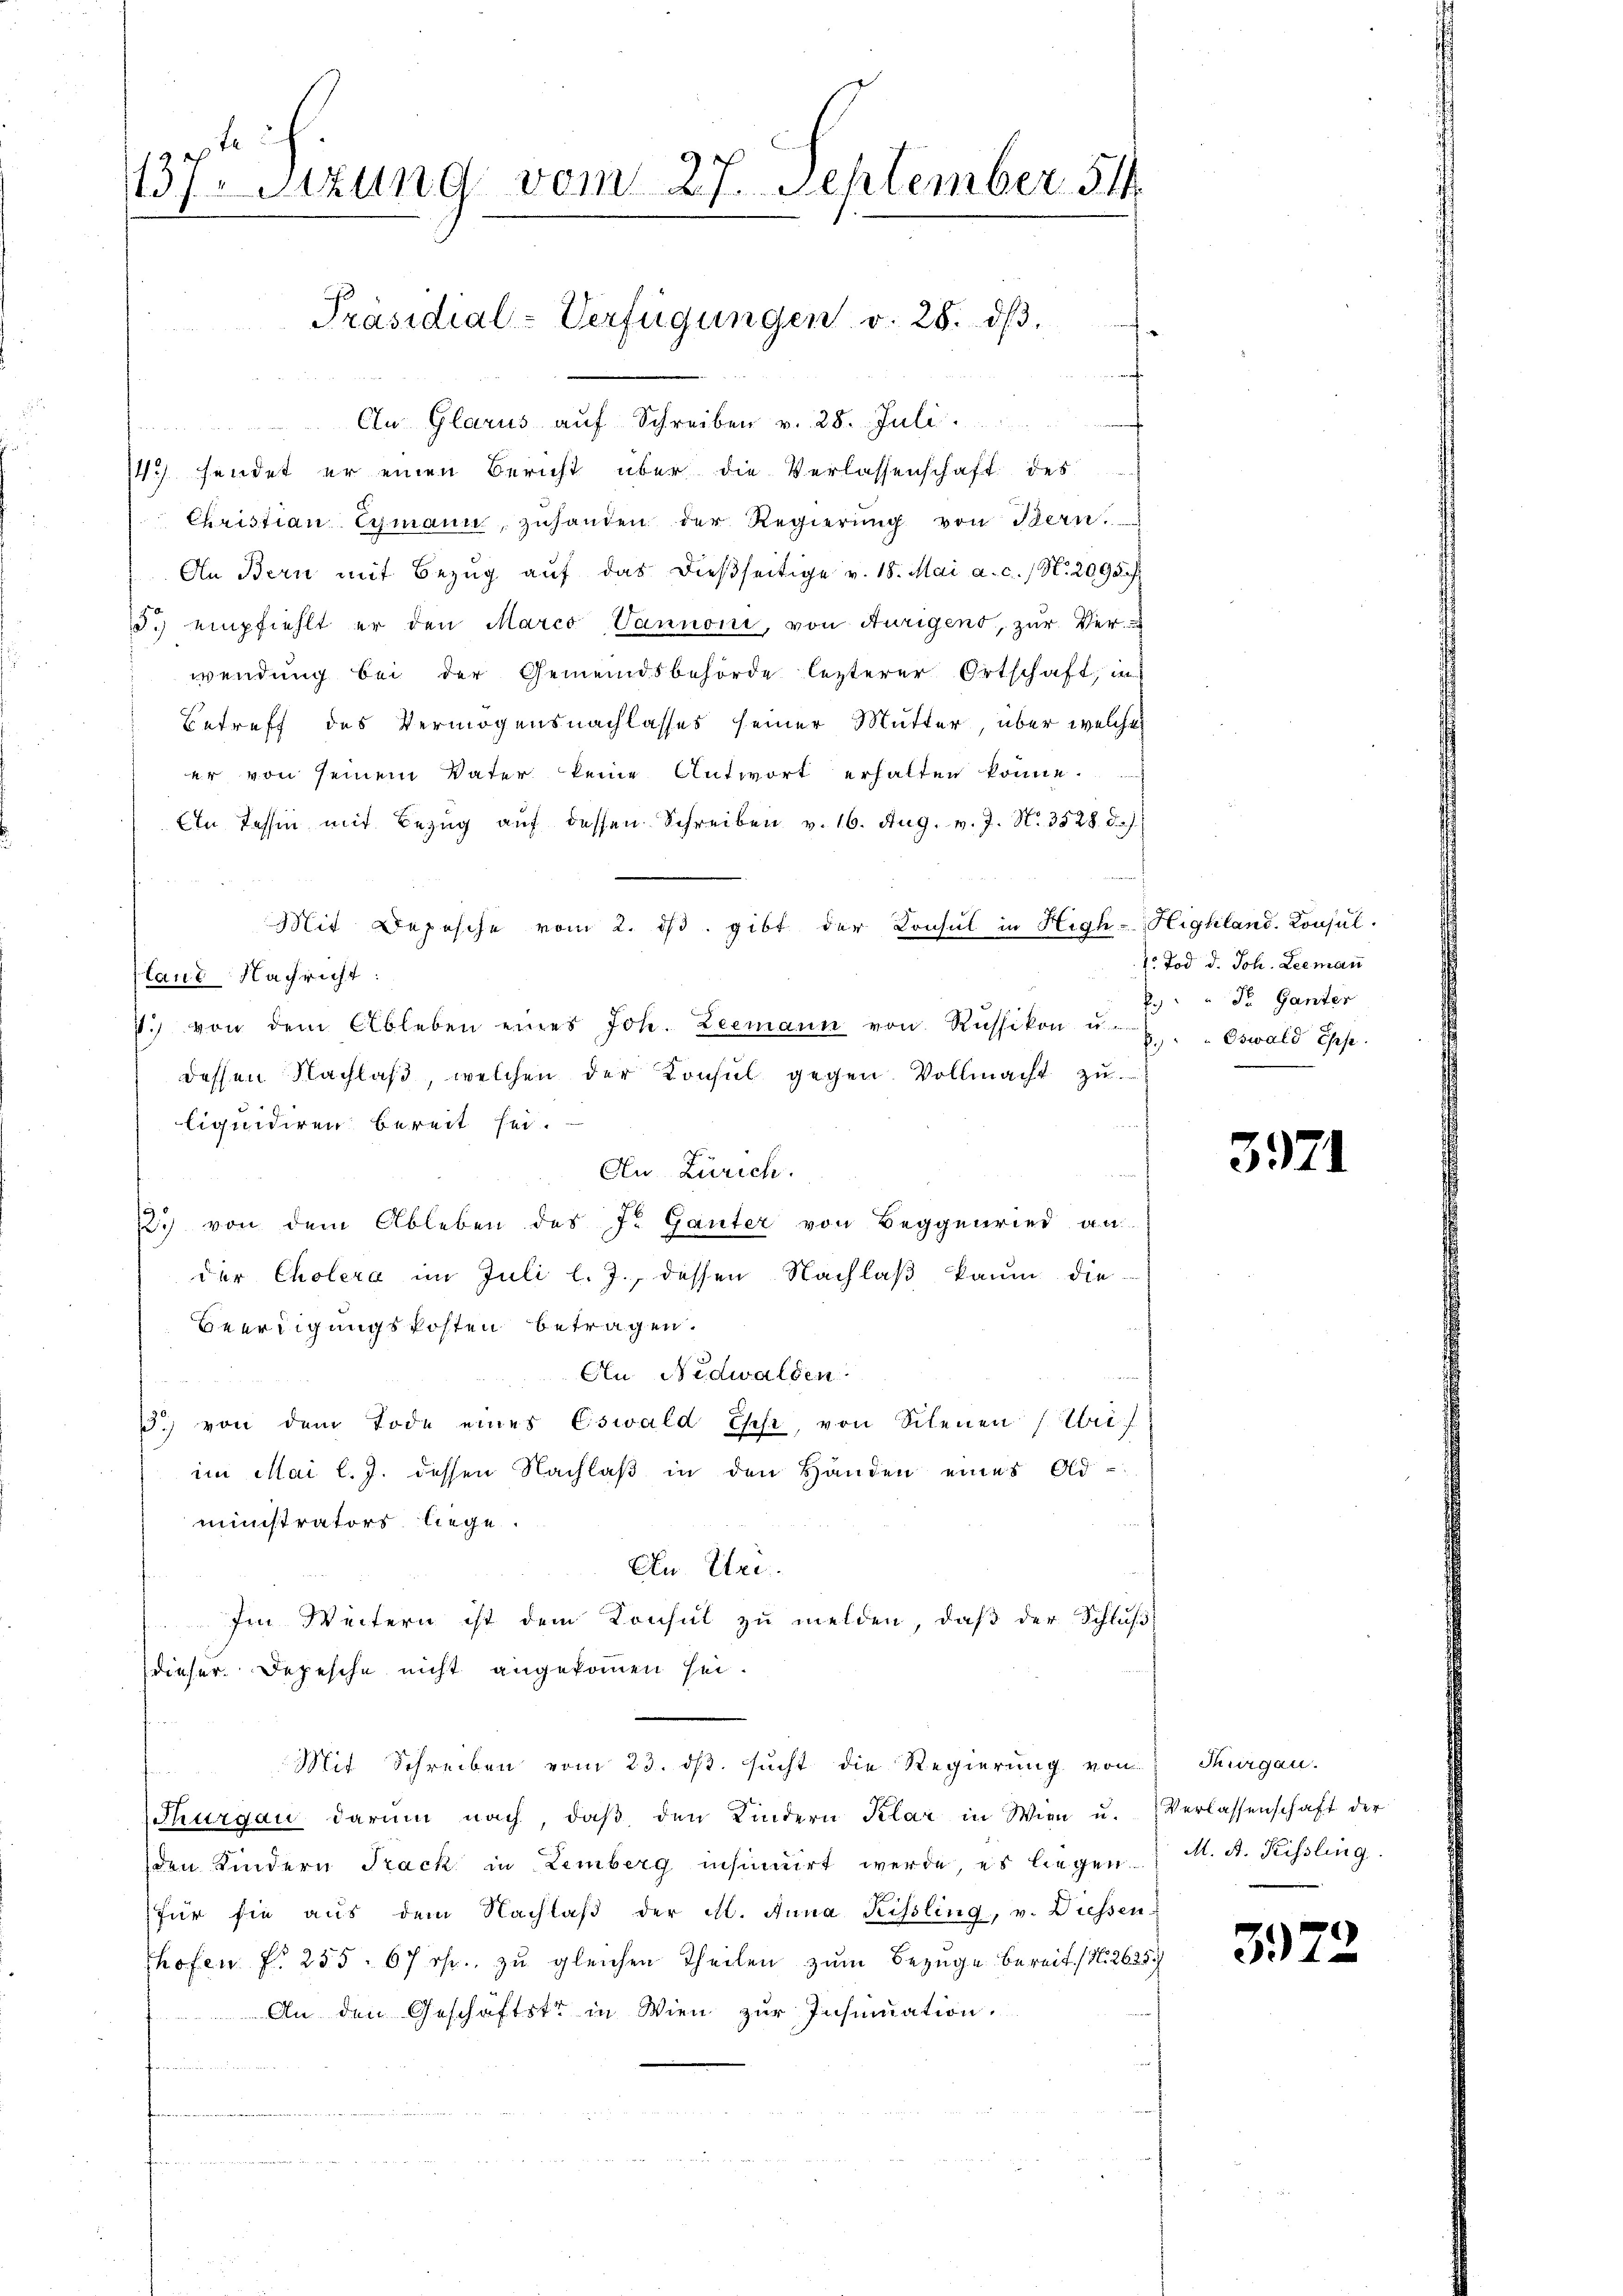
gleich
137. Sitzung vom 27. September 54

Präsidial-Verfügungen v. 28. dβ.

Cu Glarus auf Schreiben v. 28. Juli.

14) sendet er einen Bericht über die Verlassenschaft des
Christian Gymann, zuhanden der Regierung von Bern.
An Bern mit Bezŭg aŭf das dießseitige v. 18. Mai a. c. / N. 2098.
15.) empfiehlt er den Marco-Vannoni, von Aurigens, zur Ver-
wendung bei der Gemeindsbehörde lezterer Ortschaft, in
Betreff des Vermögensnachlasses seiner Mutter, über welches
er von seinem Vater keine Antwort erhalten könne.
Ein Tessin mit Bezug auf dessen Schreiben v. 16. Aug. v. J. N. 3528. d.
Mit Depesche vom 2. dβ. gibt der Konsul in High-Highland. Konsul-
laut Nachricht
7.) von dem Ableben eines Joh. Leemann von Russikon u. 8. Oswald Epp
dessen Nachlaβ, welchen der Konsul gegen. Vollmacht zu
liquidiren bereit sei.
An Zürich.
2. von dem Ableben des J. Ganter von Beggenried an
der Cholera im Juli l. J., dessen Nachlaß kaum die-
Beerdigungskosten betragen.
An Nidwalden.
1. von dem Tode eines Eswald Esche, von Scheuen (brif
im Mai l. J. dessen Nachlaß in den Handen eines Old-
ministrators liege.
An Uri
Im Weitern ist dem Konsul zu melden, daß der Schluß
dieser. Depesche nicht angekommen sei.
Mit Schreiben vom 23. ds. sucht die Regierung von
Thurgau darum nach, daβ den Kindern Klar in Wien u. Verlassenschaft der
den Kindern Track in Lemberg insinuirt werde, es liegen.
für sie aŭs dem Nachlaβ der M. Anna Kissling, v. Diessen-
hofen fr. 255. 67 f. zu gleichen Theilen zum Bezuge bereit. (N. 2625
An den Geschäftstr in Wien zur Insinuation.
.

1. Tod d. Joh. Leeman
.) " " Dr. Ganter

3971

Thurgau.
M. A. Kissling

3972